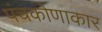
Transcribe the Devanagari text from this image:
पंचकोणाकार